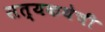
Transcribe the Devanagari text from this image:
सत्यकथेची